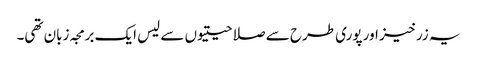
یہ زرخیز اور پوری طرح سے صلاحیتیوں سے لیس ایک برمجہ زبان تھی۔